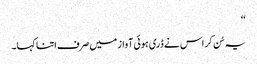
‘‘
یہ سُن کر اس نے ڈری ہوئی آواز میں صرف اتنا کہا۔